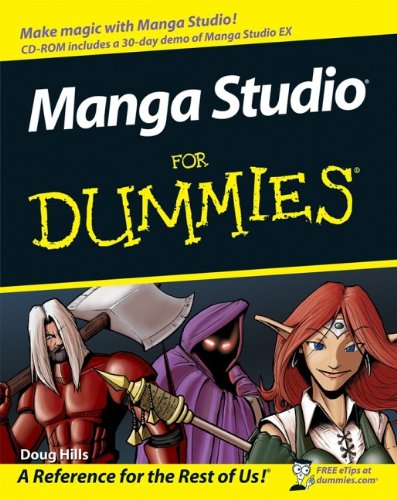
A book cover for Manga Studio For Dummies; Doug Hills; Comics & Graphic Novels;